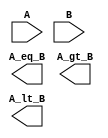
module mag_comp_gl(A_eq_B, A_gt_B, A_lt_B,
                   A,B);

output A_eq_B;
output A_gt_B;
output A_lt_B;
input [3:0] A, B;



endmodule